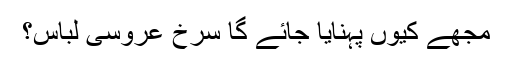
مجھے کیوں پہنایا جائے گا سرخ عروسی لباس؟